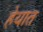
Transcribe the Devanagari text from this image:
हेयात